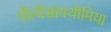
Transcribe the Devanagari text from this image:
पौलीसायथीमिया